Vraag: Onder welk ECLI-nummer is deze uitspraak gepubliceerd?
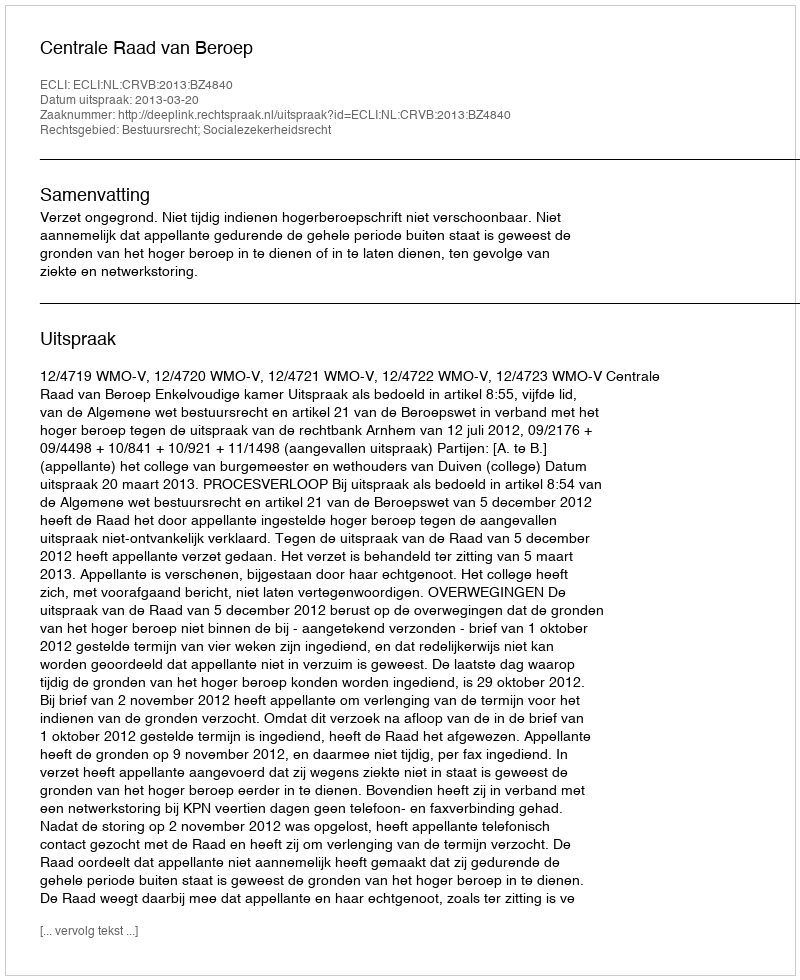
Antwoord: ECLI:NL:CRVB:2013:BZ4840